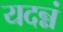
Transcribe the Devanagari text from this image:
यदन्नं